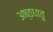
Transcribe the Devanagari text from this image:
अष्ठधातु